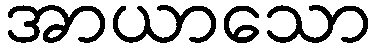
အာယာသော